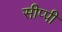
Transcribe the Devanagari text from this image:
सीप्पी